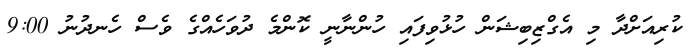
ކުރިއަށްދާ މި އެގްޒިބިޝަން ހުޅުވިފައި ހުންނާނީ ކޮންމެ ދުވަހެއްގެ ވެސް ހެނދުނު 9:00